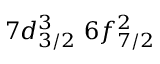
7 d _ { 3 / 2 } ^ { 3 } \, \, 6 f _ { 7 / 2 } ^ { 2 }